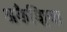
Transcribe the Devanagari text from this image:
अकैड्मिया